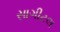
સાગીટલ